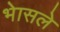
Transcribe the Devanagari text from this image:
भेासले